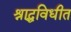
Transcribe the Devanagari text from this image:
श्राद्धविधीत